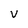
Character: v